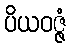
ပိယဝဇ္ဇံ